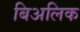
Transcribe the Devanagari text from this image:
बिअलिक